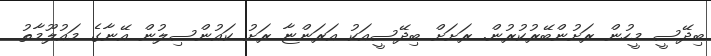
ބިދޭސީ މީހުން ރަށުންބޭރުކުރުން. ރަށަށް ބިދޭސީއަކު އަރަންޏާ ރަށު ކައުންސިލުން އޭނާގެ މައުލޫމާތު